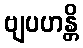
ဗျပဟန္တိ